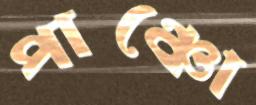
পাঞ্চো